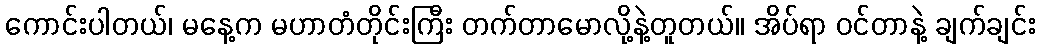
ကောင်းပါတယ်၊ မနေ့က မဟာတံတိုင်းကြီး တက်တာမောလို့နဲ့တူတယ်။ အိပ်ရာ ဝင်တာနဲ့ ချက်ချင်း